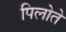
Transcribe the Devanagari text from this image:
पिलोते